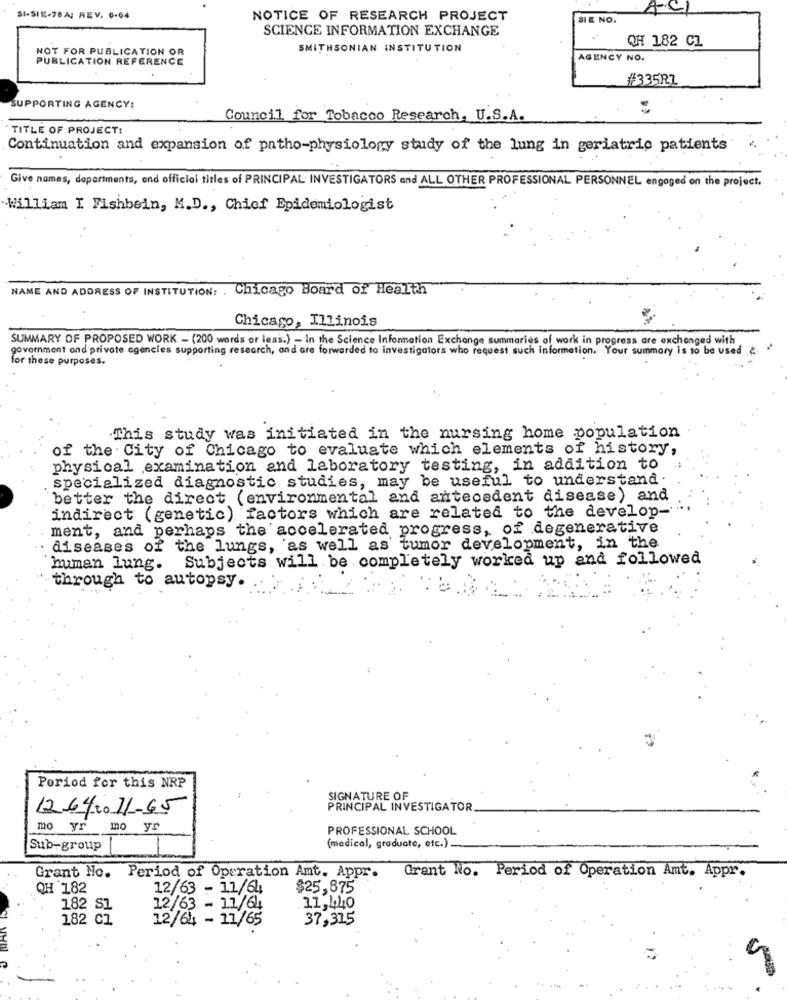
SI-SIE-70A; REV. 0-04
NOTICE OF RESEARCH PROJECT
SIE NO.
SCIENCE INFORMATION EXCHANGE
QH 182 CL
NOT FOR PUBLICATION OR
SMITHSONIAN INSTITUTION
PUBLICATION REFERENCE
AGENCY NO.
#335RL
SUPPORTING AGENCY:
Council for Tobacco Research, U.S.A.
"TITLE OF PROJECT:
Continuation and expansion of patho-physiology study of the lung in geriatric patients
Give names, departments, and official titles of PRINCIPAL INVESTIGATORS and ALL OTHER PROFESSIONAL PERSONNEL engaged on the project.
.William I Fishbein, M.D ., Chief Epidemiologist
NAME AND ADDRESS OF INSTITUTION: . Chicago Board of Health
Chicago, Illinois
-
SUMMARY OF PROPOSED WORK - (200 words or less.) - In the Science Information Exchange summaries of work in progress are exchanged with
government and private agencies supporting research, and are forwarded to investigators who request such information. Your summary is to be used .e.
for these purposes.
This study was initiated in the nursing home population
of the City of Chicago to evaluate which elements of history,
physical examination and laboratory testing, in addition to
specialized diagnostic studies, may be useful to understand .
better the direct (environmental and antecedent disease) and
indirect (genetic) factors which are related to the develop-
ment, and perhaps the accelerated progress, of degenerative
diseases of the lungs, 'as well as' tumor development, in the
Subjects will be completely worked up and followed
human lung.
through to autopsy.
Period for this NRP
SIGNATURE OF
1264 to 11-65
PRINCIPAL INVESTIGATOR
mo yr
mo yr
PROFESSIONAL SCHOOL
Sub-group
(medical, graduate, etc.) ..
Grant No. Period of Operation Amt. Appr.
Grant No. Period of Operation Amt. Appr.
QH 182
12/63 - 11/64
$25,875
182 S1
12/63 - 11/64
11,440
182 C1
12/64 - 11/65
37,315